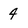
Character: 4